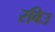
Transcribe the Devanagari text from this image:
रबिउ